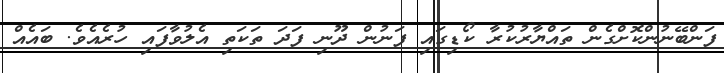
ފަންބޭނުންކޮށްގެން ތައްޔާރުކުރާ ކޯޑިގައި ފަނުން ދޫނި ފަދަ ތަކަތި އެލުވާފައި ހުރެއެވެ. ބައެއް